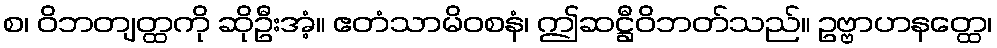
စ၊ ဝိဘတျတ္ထကို ဆိုဦးအံ့။ ဧတံသာမိဝစနံ၊ ဤဆဋ္ဌီဝိဘတ်သည်။ ဥဗ္ဗာဟနတ္ထေ၊